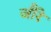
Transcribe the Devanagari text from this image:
जौरे